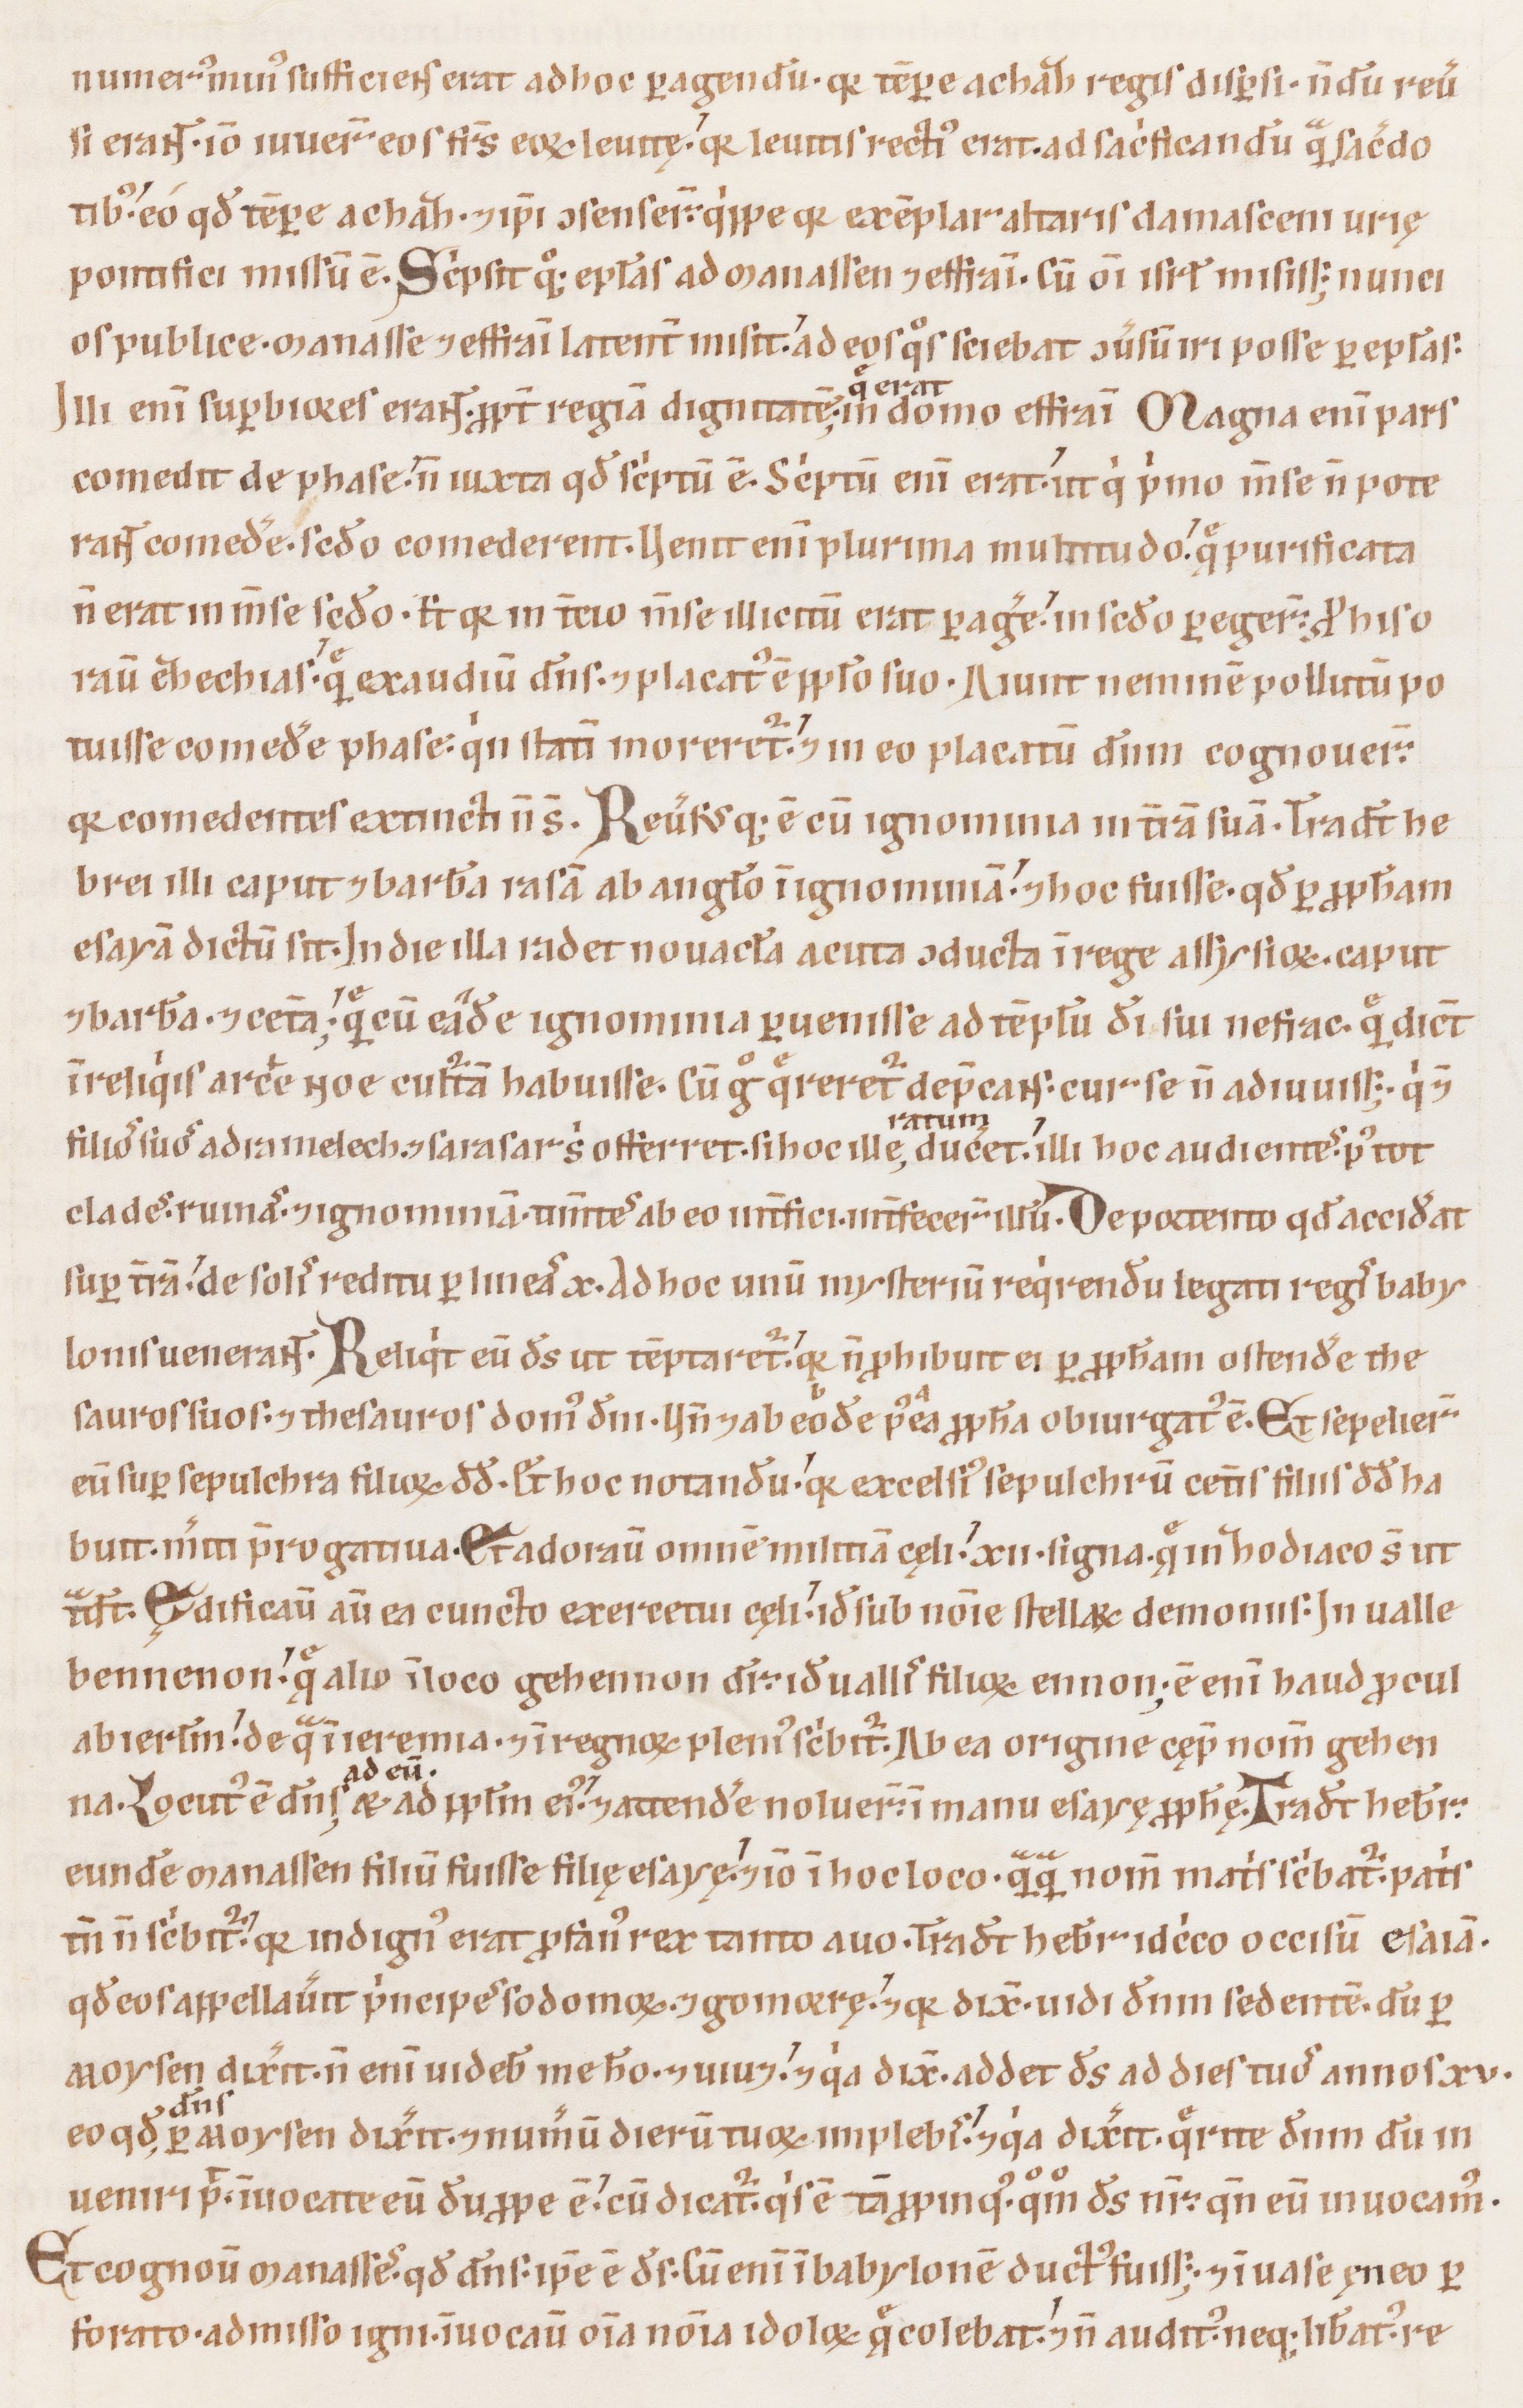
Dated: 1100–1199